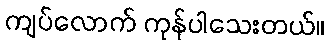
ကျပ်လောက် ကုန်ပါသေးတယ်။